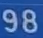
98